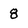
Character: 8